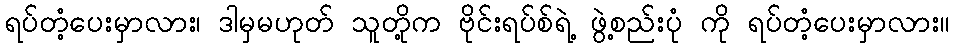
ရပ်တံ့ပေးမှာလား၊ ဒါမှမဟုတ် သူတို့က ဗိုင်းရပ်စ်ရဲ့ ဖွဲ့စည်းပုံ ကို ရပ်တံ့ပေးမှာလား။